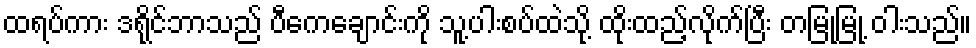
ထရပ်ကား ဒရိုင်ဘာသည် ပီကေချောင်းကို သူ့ပါးစပ်ထဲသို့ ထိုးထည့်လိုက်ပြီး တမြုံ့မြုံ့ ဝါးသည်။